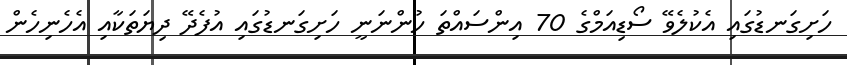
ހަށިގަނޑުގައި އެކުލެވޭ ސޯޑިއަމްގެ 70 އިންސައްތަ ހުންނަނީ ހަށިގަނޑުގައި އުފެދޭ ދިޔަތަކާއި އެހެނިހެން